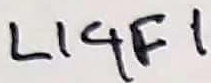
Text: LIGF1